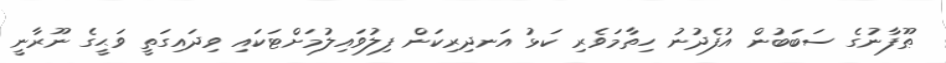
ޠޫފާނުގެ ސަބަބުން އުފެދުނު ހިތާމަވެރި ކަޅު އަނދިރިކަން ފިލުވައިލުމަށްޓަކައި ވިދައިގަތީ ވަޙީގެ ނޫރާނީ